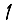
Digit: 1